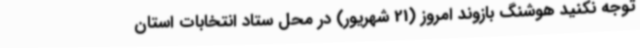
توجه نکنید هوشنگ بازوند امروز (21 شهریور) در محل ستاد انتخابات استان